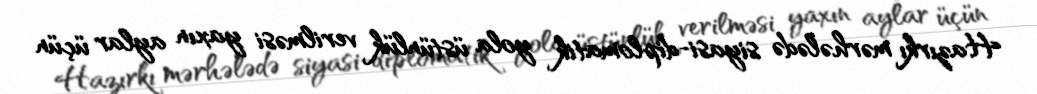
Hazırkı mərhələdə siyasi-diplomatik yola üstünlük verilməsi yaxın aylar üçün